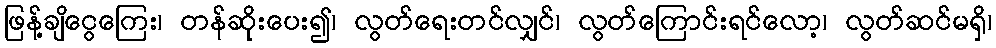
ဖြန့်ချိငွေကြေး၊ တန်ဆိုးပေး၍၊ လွတ်ရေးတင်လျှင်၊ လွတ်ကြောင်းရင်လော့၊ လွတ်ဆင်မရှိ၊